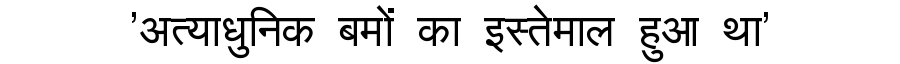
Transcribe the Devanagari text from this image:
'अत्याधुनिक बमों का इस्तेमाल हुआ था'